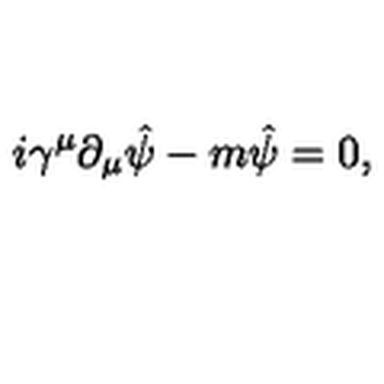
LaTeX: i \gamma ^ { \mu } \partial _ { \mu } \hat { \psi } - m { \hat { \psi } } = 0 ,